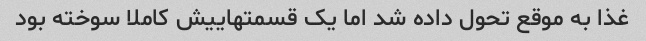
غذا به موقع تحول داده شد اما یک قسمتهاییش کاملا سوخته بود